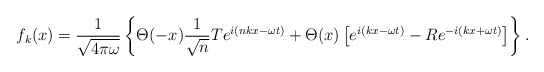
\begin{align*}f_k(x) = {1\over{\sqrt{4\pi\omega}}} \left\{ \Theta(-x) {1\over\sqrt{n}} T e ^{i(nkx-\omega t)} + \Theta(x)\left[e^{i(kx-\omega t)} - R e^{-i(kx+\omega t)} \right]\right\}.\end{align*}